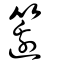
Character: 籩